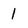
Character: 1